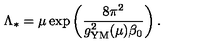
\Lambda _ { * } = \mu \exp \left( { \frac { 8 \pi ^ { 2 } } { g _ { \mathrm { { \small Y M } } } ^ { 2 } ( \mu ) \beta _ { 0 } } } \right) .